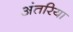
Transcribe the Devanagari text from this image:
अंतरिया